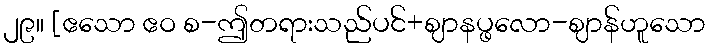
၂၉။ [ဧသော ဧဝ စ-ဤတရားသည်ပင်+ဈာနပ္ဖလော-ဈာန်ဟူသော